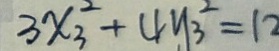
3 x _ { 3 } ^ { 2 } + 4 y _ { 3 } ^ { 2 } = 1 2